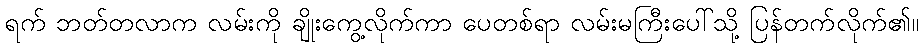
ရက် ဘတ်တလာက လမ်းကို ချိုးကွေ့လိုက်ကာ ပေတစ်ရာ လမ်းမကြီးပေါ်သို့ ပြန်တက်လိုက်၏။